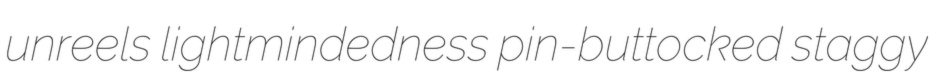
unreels lightmindedness pin-buttocked staggy